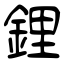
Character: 鋰